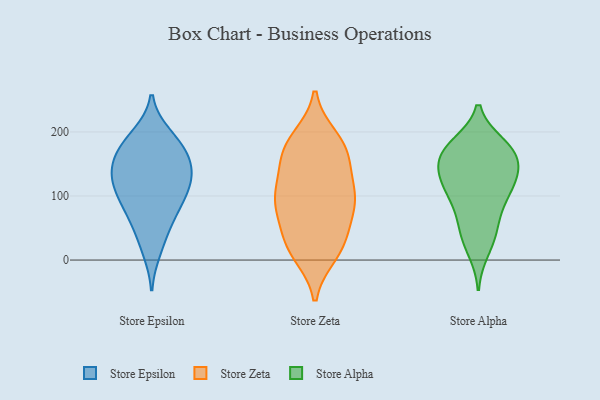
{"axis": {"x": "Revenue (USD Million)", "y": "Value"}, "legend": ["Store Alpha", "Store Epsilon", "Store Zeta"], "data": [{"x": "", "y": 144, "type": "Store Epsilon"}, {"x": "", "y": 190, "type": "Store Epsilon"}, {"x": "", "y": 69, "type": "Store Epsilon"}, {"x": "", "y": 79, "type": "Store Epsilon"}, {"x": "", "y": 121, "type": "Store Epsilon"}, {"x": "", "y": 150, "type": "Store Epsilon"}, {"x": "", "y": 166, "type": "Store Epsilon"}, {"x": "", "y": 15, "type": "Store Epsilon"}, {"x": "", "y": 127, "type": "Store Epsilon"}, {"x": "", "y": 118, "type": "Store Epsilon"}, {"x": "", "y": 178, "type": "Store Epsilon"}, {"x": "", "y": 82, "type": "Store Epsilon"}, {"x": "", "y": 101, "type": "Store Epsilon"}, {"x": "", "y": 163, "type": "Store Epsilon"}, {"x": "", "y": 39, "type": "Store Epsilon"}, {"x": "", "y": 125, "type": "Store Epsilon"}, {"x": "", "y": 195, "type": "Store Epsilon"}, {"x": "", "y": 179, "type": "Store Zeta"}, {"x": "", "y": 89, "type": "Store Zeta"}, {"x": "", "y": 88, "type": "Store Zeta"}, {"x": "", "y": 31, "type": "Store Zeta"}, {"x": "", "y": 95, "type": "Store Zeta"}, {"x": "", "y": 98, "type": "Store Zeta"}, {"x": "", "y": 23, "type": "Store Zeta"}, {"x": "", "y": 180, "type": "Store Zeta"}, {"x": "", "y": 16, "type": "Store Zeta"}, {"x": "", "y": 162, "type": "Store Zeta"}, {"x": "", "y": 112, "type": "Store Zeta"}, {"x": "", "y": 140, "type": "Store Zeta"}, {"x": "", "y": 190, "type": "Store Zeta"}, {"x": "", "y": 10, "type": "Store Zeta"}, {"x": "", "y": 88, "type": "Store Zeta"}, {"x": "", "y": 161, "type": "Store Zeta"}, {"x": "", "y": 48, "type": "Store Zeta"}, {"x": "", "y": 161, "type": "Store Alpha"}, {"x": "", "y": 15, "type": "Store Alpha"}, {"x": "", "y": 126, "type": "Store Alpha"}, {"x": "", "y": 97, "type": "Store Alpha"}, {"x": "", "y": 176, "type": "Store Alpha"}, {"x": "", "y": 180, "type": "Store Alpha"}, {"x": "", "y": 113, "type": "Store Alpha"}, {"x": "", "y": 166, "type": "Store Alpha"}, {"x": "", "y": 40, "type": "Store Alpha"}, {"x": "", "y": 141, "type": "Store Alpha"}, {"x": "", "y": 133, "type": "Store Alpha"}, {"x": "", "y": 40, "type": "Store Alpha"}, {"x": "", "y": 167, "type": "Store Alpha"}, {"x": "", "y": 178, "type": "Store Alpha"}, {"x": "", "y": 86, "type": "Store Alpha"}, {"x": "", "y": 63, "type": "Store Alpha"}, {"x": "", "y": 109, "type": "Store Alpha"}, {"x": "", "y": 137, "type": "Store Alpha"}]}